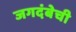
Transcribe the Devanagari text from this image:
जगदंबेची